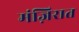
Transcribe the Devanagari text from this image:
मंज़िरात